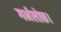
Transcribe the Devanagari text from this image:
गर्भलोक।